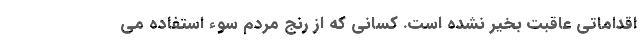
اقداماتی عاقبت بخیر نشده است. کسانی که از رنج مردم سوء استفاده می